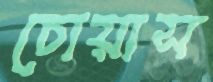
চোয়াস